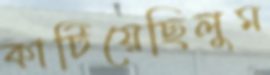
কাটিয়েছিলুম